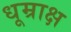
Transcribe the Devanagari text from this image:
धूम्राक्ष